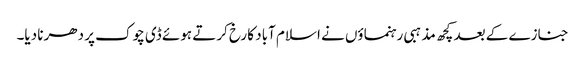
جنازے کے بعد کچھ مذہبی رہنماؤں نے اسلام آباد کا رخ کرتے ہوئے ڈی چوک پر دھرنا دیا۔